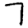
Digit: 7